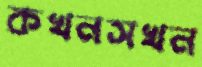
কখনসখন